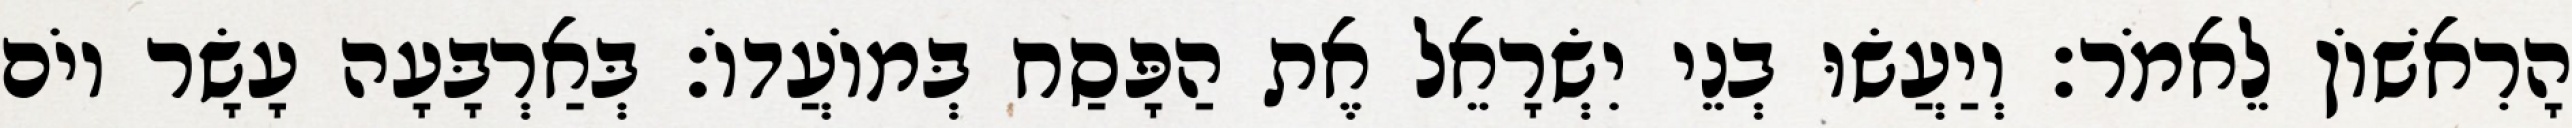
הָרִאשׁוֹן לֵאמֹר׃ וְיַעֲשׂוּ בְנֵי יִשְׂרָאֵל אֶת הַפָּסַח בְּמוֹעֲדוֹ׃ בְּאַרְבָּעָה עָשָׂר יוֹם